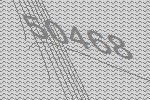
50468